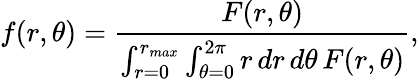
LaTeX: f(r,\theta)=\frac{F(r,\theta)}{\int_{r=0}^{r_{max}}\int_{\theta=0}^{2\pi}\mathop{r}\mathop{dr}\mathop{d\theta}F(r,\theta)},